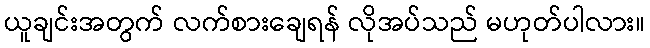
ယူချင်းအတွက် လက်စားချေရန် လိုအပ်သည် မဟုတ်ပါလား။